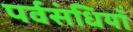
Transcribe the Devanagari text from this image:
पर्वसंधियाँ